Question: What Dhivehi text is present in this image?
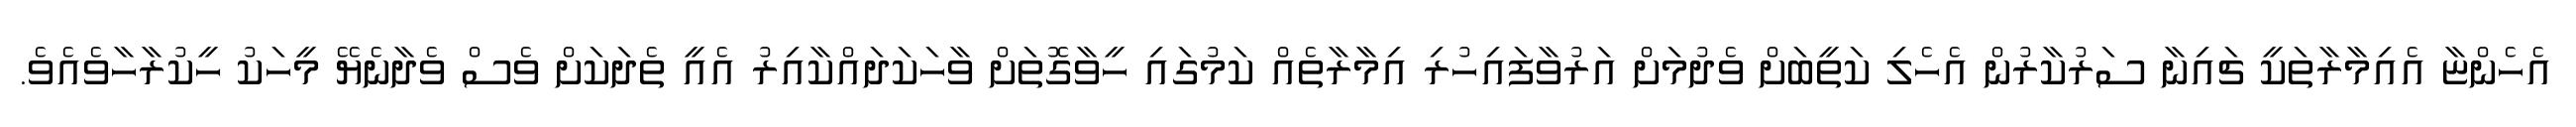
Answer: އެހެންޏާ އެއިމާރާތަކީ ޗައިނާ ސަރުކާރުން އެހެލި ކަތީބަށް ވެދުމަށް އަރުވާފައިހުރި އިމާރާތެއް ކަމުގައި ހީވާގޮތަށް ވާހަކަދައްކާއިރު އެއީ ތެދަކަށް ވެސް ވެދާނެޔޭ މީހަކު ހީކުރާހާވެއެވެ.